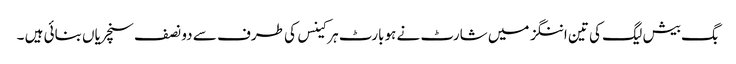
بگ بیش لیگ کی تین اننگز میں شارٹ نے ہوبارٹ ہرکینس کی طرف سے دو نصف سنچریاں بنائی ہیں ۔